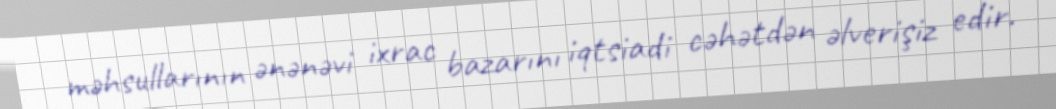
məhsullarının ənənəvi ixrac bazarını iqtsiadi cəhətdən əlverişiz edir.